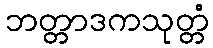
ဘတ္တာဒကသုတ္တံ